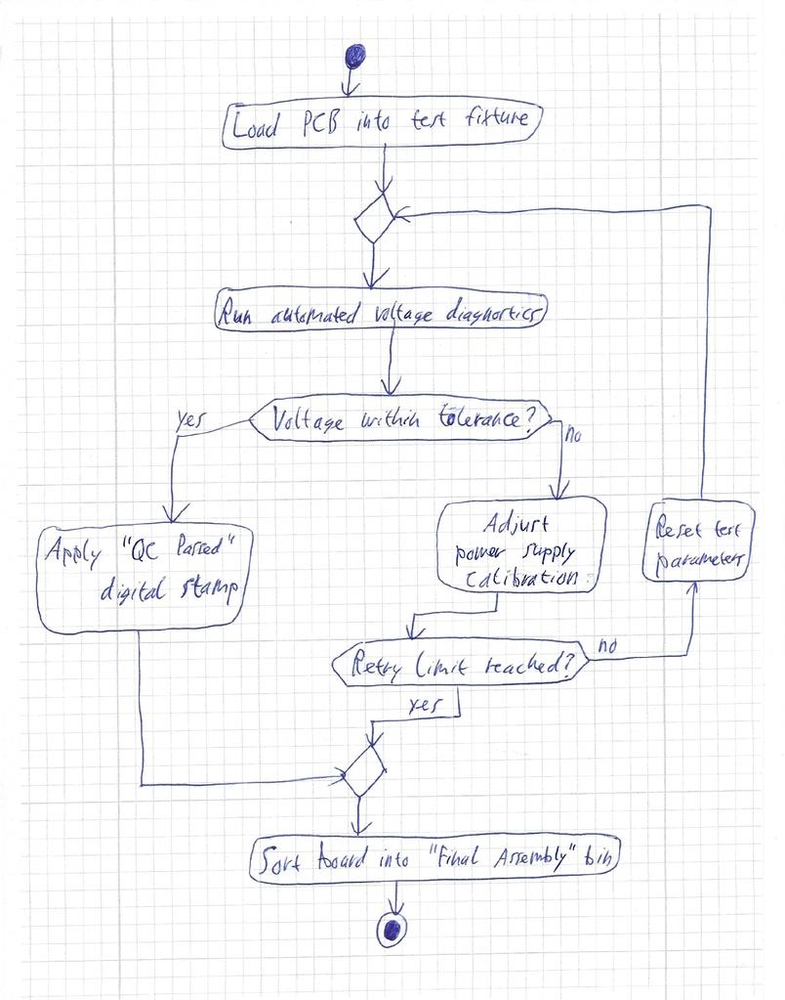
Diagram type: activity_diagram
```plantuml
@startuml

start

:Load PCB into test fixture;

repeat
  :Run automated voltage diagnostics;

  if (Voltage within tolerance?) then (yes)
    :Apply "QC Passed" digital stamp;
    break
  else (no)
    :Adjust power supply calibration;
  endif
backward:Reset test parameters;
repeat while (Retry limit reached?) is (no) not (yes)

:Sort board into "Final Assembly" bin;

stop

@enduml
```